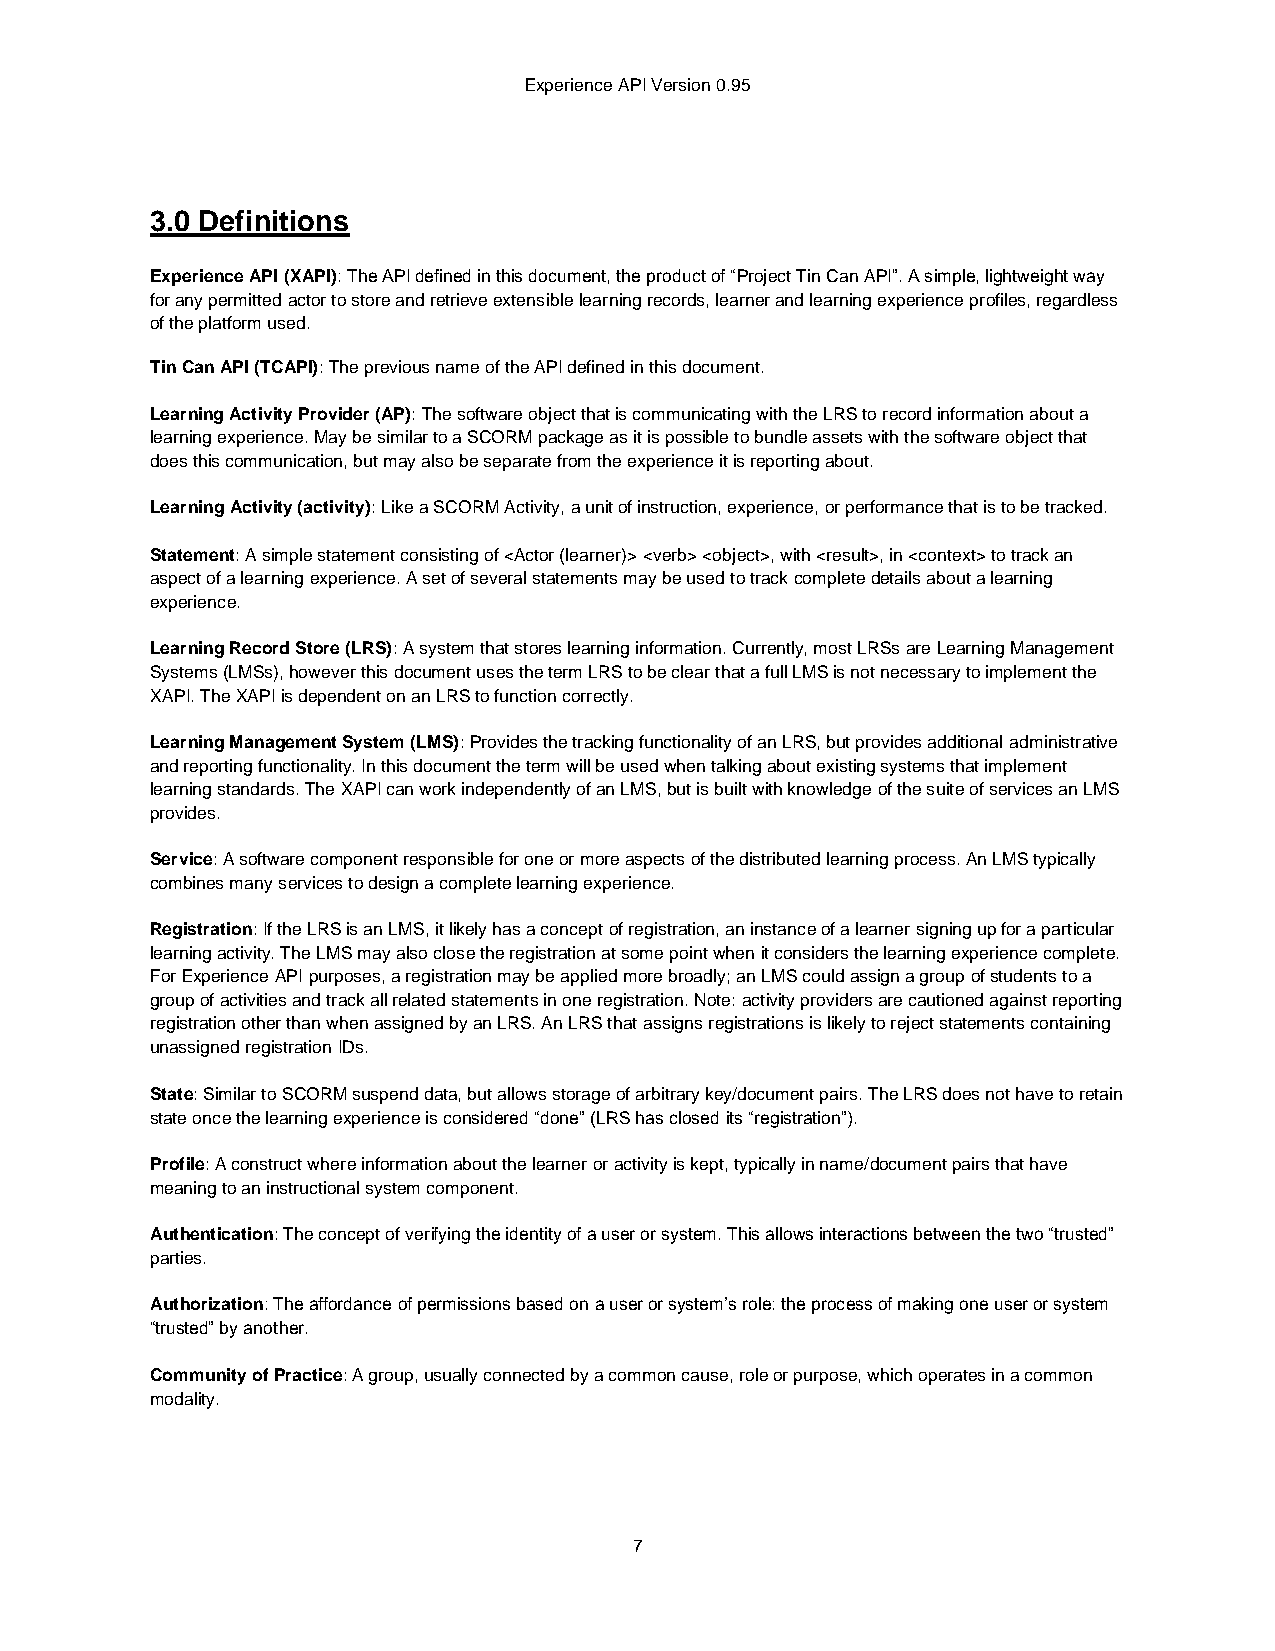
Experience API Version 0.95
 3.0 Definitions
 Experience API (XAPI): The API defined in this document, the product of “Project Tin Can API”. A simple, lightweight way
 for any permitted actor to store and retrieve extensible learning records, learner and learning experience profiles, regardless
 of the platform used.
 Tin Can API (TCAPI): The previous name of the API defined in this document.
 Learning Activity Provider (AP): The software object that is communicating with the LRS to record information about a
 learning experience. May be similar to a SCORM package as it is possible to bundle assets with the software object that
 does this communication, but may also be separate from the experience it is reporting about.
 Learning Activity (activity): Like a SCORM Activity, a unit of instruction, experience, or performance that is to be tracked.
 Statement: A simple statement consisting of <Actor (learner)> <verb> <object>, with <result>, in <context> to track an
 aspect of a learning experience. A set of several statements may be used to track complete details about a learning
 experience.
 Learning Record Store (LRS): A system that stores learning information. Currently, most LRSs are Learning Management
 Systems (LMSs), however this document uses the term LRS to be clear that a full LMS is not necessary to implement the
 XAPI. The XAPI is dependent on an LRS to function correctly.
 Learning Management System (LMS): Provides the tracking functionality of an LRS, but provides additional administrative
 and reporting functionality. In this document the term will be used when talking about existing systems that implement
 learning standards. The XAPI can work independently of an LMS, but is built with knowledge of the suite of services an LMS
 provides.
 Service: A software component responsible for one or more aspects of the distributed learning process. An LMS typically
 combines many services to design a complete learning experience.
 Registration: If the LRS is an LMS, it likely has a concept of registration, an instance of a learner signing up for a particular
 learning activity. The LMS may also close the registration at some point when it considers the learning experience complete.
 For Experience API purposes, a registration may be applied more broadly; an LMS could assign a group of students to a
 group of activities and track all related statements in one registration. Note: activity providers are cautioned against reporting
 registration other than when assigned by an LRS. An LRS that assigns registrations is likely to reject statements containing
 unassigned registration IDs.
 State: Similar to SCORM suspend data, but allows storage of arbitrary key/document pairs. The LRS does not have to retain
 state once the learning experience is considered “done” (LRS has closed its “registration”).
 Profile: A construct where information about the learner or activity is kept, typically in name/document pairs that have
 meaning to an instructional system component.
 Authentication: The concept of verifying the identity of a user or system. This allows interactions between the two “trusted”
 parties.
 Authorization: The affordance of permissions based on a user or system’s role: the process of making one user or system
 “trusted” by another.
 Community of Practice: A group, usually connected by a common cause, role or purpose, which operates in a common
 modality.
 7